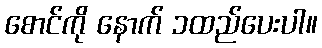
စောင်ကို နောက် ၁ထည်ပေးပါ။